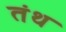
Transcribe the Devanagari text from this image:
तंथ